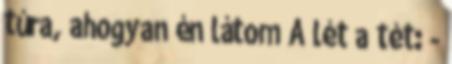
túra, ahogyan én látom A lét a tét: -